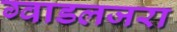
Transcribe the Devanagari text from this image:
ग्वाडलजरा